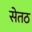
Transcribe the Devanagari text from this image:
सेतठ